Scottish Leaving Certificate Examination, 1960
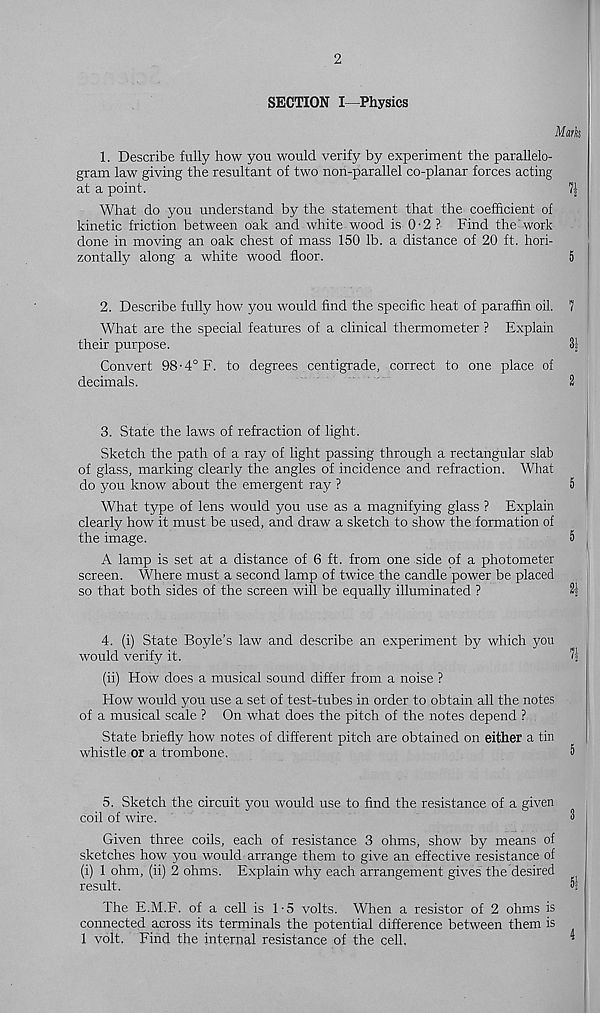
2
SECTION I—Physics
1. Describe fully how you would verify by experiment the parallelo-
gram law giving the resultant of two non-parallel co-planar forces acting
at a point.
What do you understand by the statement that the coefficient of
kinetic friction between oak and white wood is 0-2 ? Find the work
done in moving an oak chest of mass 150 lb. a distance of 20 ft. hori-
zontally along a white wood floor.
5
2. Describe fully how you would find the specific heat of paraffin oil. 7
What are the special features of a clinical thermometer ? Explain
their purpose.
3|
Convert 98-4°F. to degrees centigrade, correct to one place of
decimals.
2
3. State the laws of refraction of light.
Sketch the path of a ray of light passing through a rectangular slab
of glass, marking clearly the angles of incidence and refraction. What
do you know about the emergent ray ?
5
What type of lens would you use as a magnifying glass ? Explain
clearly how it must be used, and draw a sketch to show the formation of
the image.
5
A lamp is set at a distance of 6 ft. from one side of a photometer
screen. Where must a second lamp of twice the candle power be placed
so that both sides of the screen will be equally illuminated ?
2|
4. (i) State Boyle’s law and describe an experiment by which you
would verify it.
*'
(ii) How does a musical sound differ from a noise ?
How would you use a set of test-tubes in order to obtain all the notes
of a musical scale ? On what does the pitch of the notes depend ?
State briefly how notes of different pitch are obtained on either a tin
whistle or a trombone.
5
5. Sketch the circuit you would use to find the resistance of a given
coil of wire.
Given three coils, each of resistance 3 ohms, show by means of
sketches how you would arrange them to give an effective resistance of
(i) 1 ohm, (ii) 2 ohms. Explain why each arrangement gives the desired
result.
The E.M.F. of a cell is 1-5 volts. When a resistor of 2 ohms is
connected across its terminals the potential difference between them is
1 volt. Find the internal resistance of the cell.